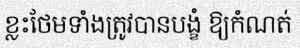
ខ្លះថែមទាំងត្រូវបានបង្ខំ ឱ្យកំណត់